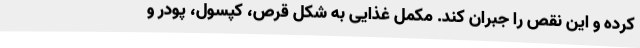
کرده و این نقص را جبران کند. مکمل‌ غذایی به شکل قرص، کپسول، پودر و